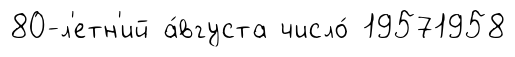
80-л'етн'ий а́вгуста число́ 19571958